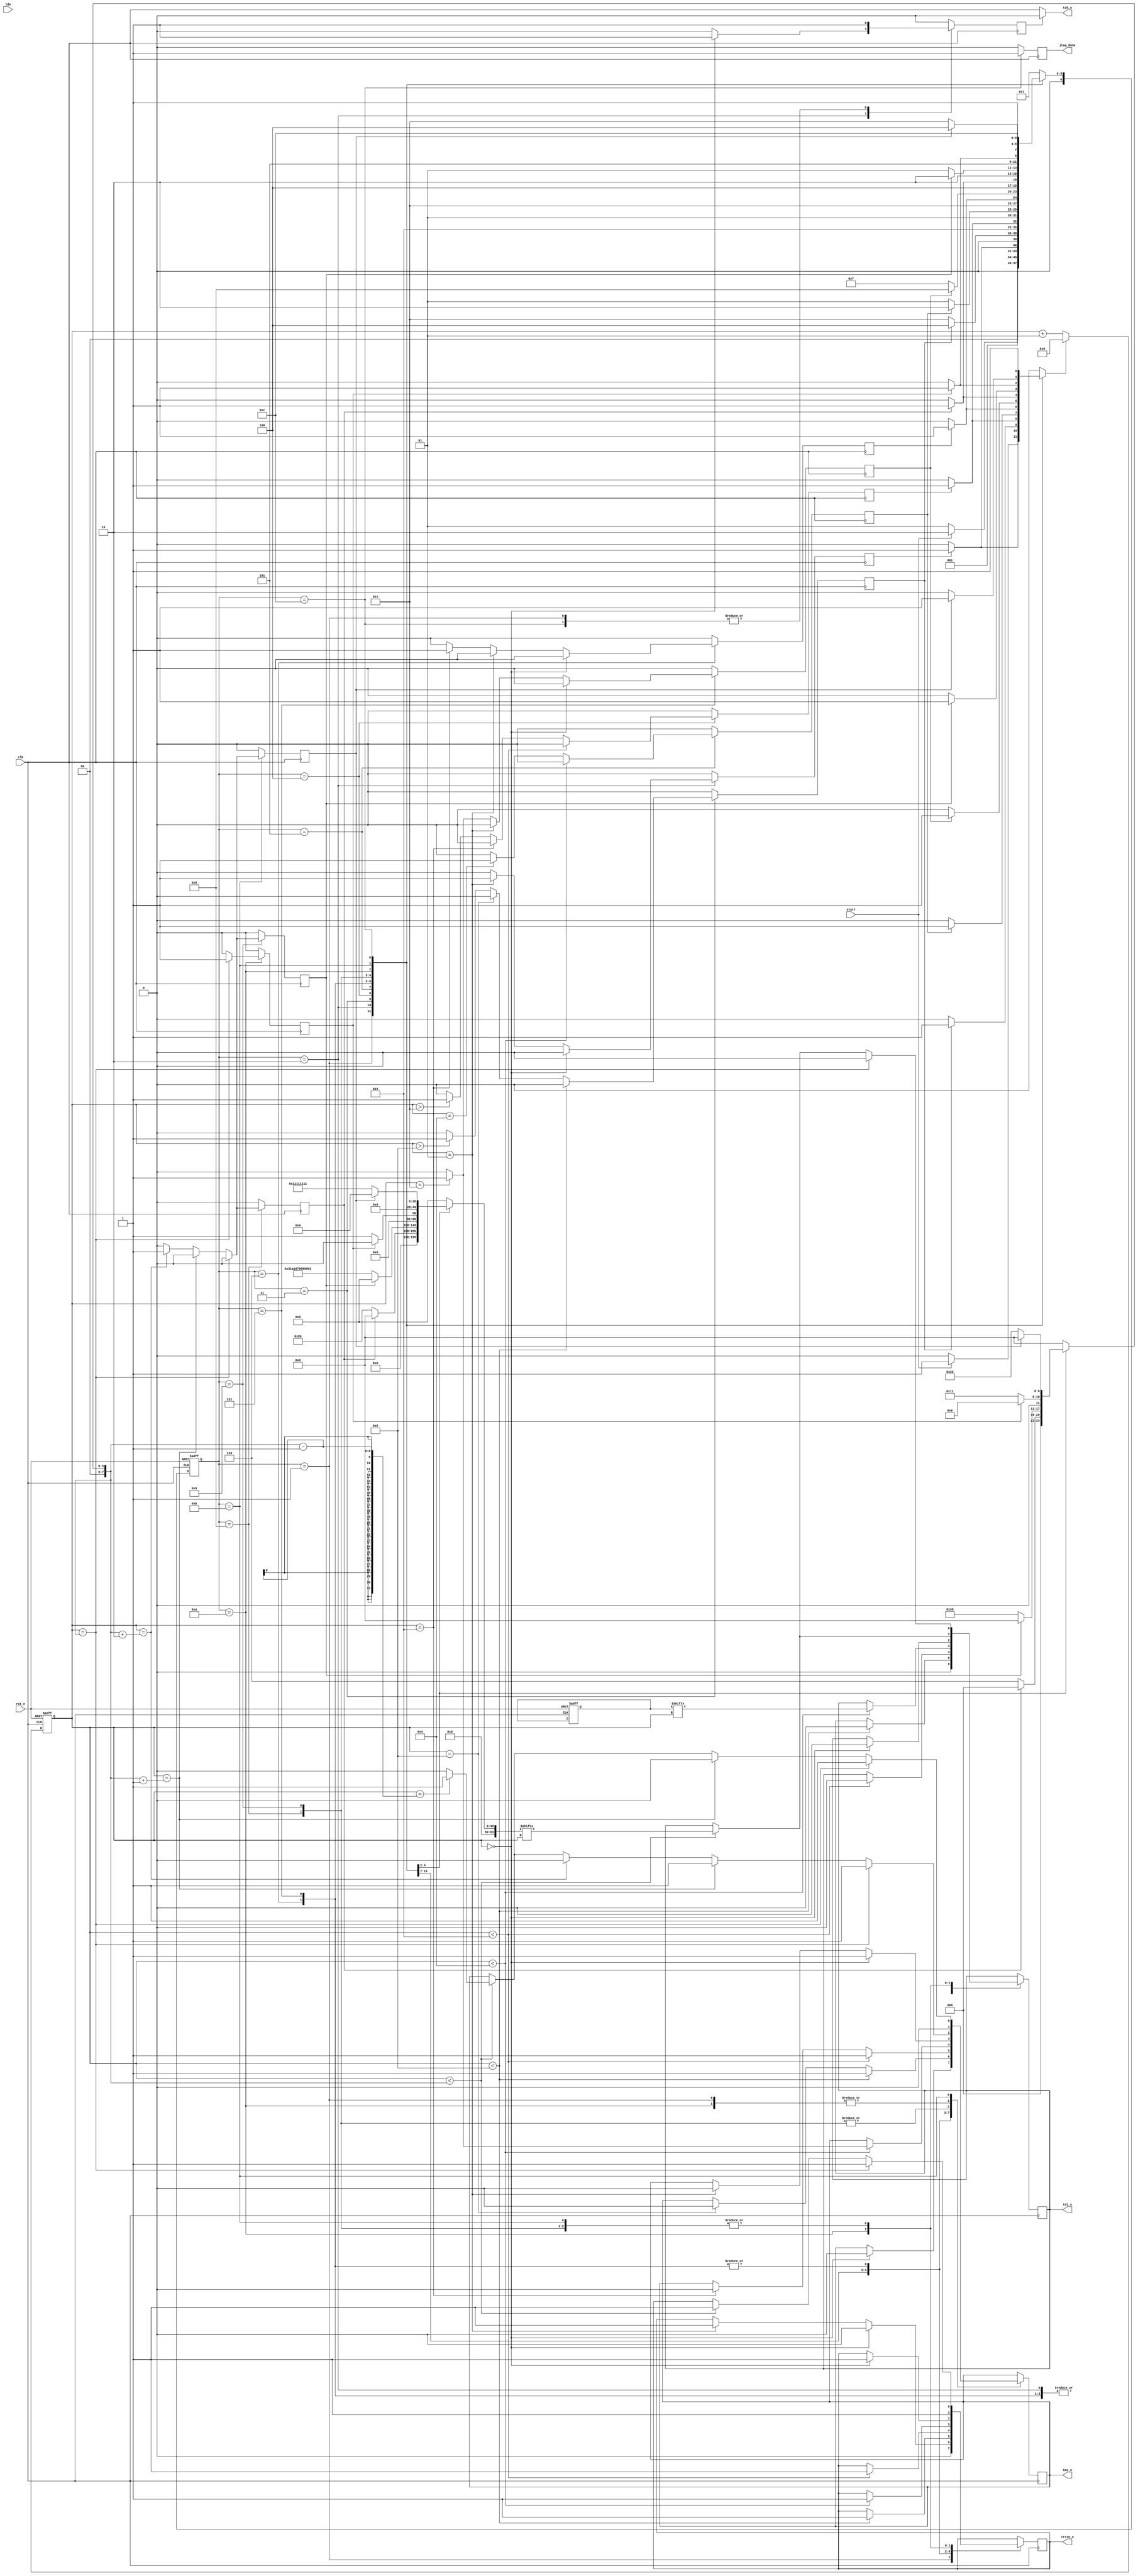
`timescale 1ns / 1ps
//////////////////////////////////////////////////////////////////////////////////
// Company: 
// Engineer: 
// 
// Design Name: 
// Module Name: JTAG_init
// Project Name: 
// Target Devices: 
// Tool Versions: 
// Description: 
// 
// Dependencies: 
// 
// Revision:
// Revision 0.01 - File Created
// Additional Comments:
// 
//////////////////////////////////////////////////////////////////////////////////


module JTAG_init(
    input clk,
    input rst_n,
    input start,
    input tdo,
    output tck_o,
    output trstn_o,
    output tdi_o,
    output tms_o,
    output jtag_done
    );
    
    //Define state parameters
    parameter INIT = 5'b00001;
    parameter JTAG_RESET = 5'b00010;
    parameter JTAG_SOFTRESET = 5'b00011;
    // JTAG_INIT
    parameter JTAG_goto_SHIFT_IR = 5'b00100;
    parameter JTAG_shift_SHIFT_IR = 5'b00101;
    parameter JTAG_IDLE = 5'b00110;
    parameter JTAG_goto_SHIFT_DR = 5'b00111;
    parameter JTAG_shift_NBITS_SHIFT_DR_1 = 5'b01000; // 6 bits
    parameter JTAG_shift_NBITS_SHIFT_DR_2 = 5'b01001; // 53 bits
    parameter JTAG_shift_nbits_noex = 5'b01010;
    parameter JTAG_shift_NBITS_SHIFT_DR_3 = 5'b01011; // 33 bits
    parameter SPI_start_load_file = 5'b01100;

    reg [4:0] PRES_STATE;
    reg [4:0] NEXT_STATE;
    
    reg [7:0] numbits;
    reg [3:0] jtag_instr;
    reg [63:0] jtag_datain;
    reg [255:0] jtag_dataout;
    
    //state_index
    integer i;
    
    // Output reg
    reg spi_csn, trstn, tdi, tms, tck;
    reg tck_zero, reset_i;
    
    //state control signal
    reg SEQ_done;
    reg JRST_done;
    reg JSWRST_done;
    reg GSIR_done;
    reg SSIR_done;
    reg JIDLE_done;
    reg JGSDR_done;
    reg JSSDR1_done;
    reg JSSDR2_done;
    reg JSSDR3_done;
    reg JSNN_done; //shift_nbits_noex
    
    //JTAG finish setup, and start Loading File.
    reg START_LF;
    
    assign tck_o = tck;
    assign trstn_o = trstn;
    assign tdi_o = tdi;
    assign tms_o = tms;
    assign jtag_done = START_LF;
    
    // Control tck
    always @(*) begin
        if (tck_zero) begin
            tck = 1'b0;
        end else begin
            tck = clk;
        end
    end
    
    always @(posedge clk, negedge rst_n) begin
        if (!rst_n) begin
            jtag_instr <= 4'b1000;
            i<=0;
        end else begin
            $display("i: %d", i);
            if(reset_i)
                i<=0;
            else
                i<=i+1;
        end
    end
 
    // Control path sequential circuit.
    always @(posedge clk, negedge rst_n) begin
        if (!rst_n) begin
            PRES_STATE <= INIT;
        end else begin
            PRES_STATE <= NEXT_STATE;
            $display("Current STATE: %b", PRES_STATE);
        end
    end
    
    // Control path combinational circuit.
    always @(*) begin
        NEXT_STATE = INIT;
        reset_i = 1'b0;
        numbits = 8'b0;
        jtag_datain = 64'b0;
        case (PRES_STATE)
        INIT:begin
            if(start) begin
                NEXT_STATE = JTAG_RESET;
                reset_i = 1'b1;
            end else begin
                NEXT_STATE = INIT;
            end
        end
        JTAG_RESET:begin
            if(!JRST_done) begin
                NEXT_STATE = JTAG_RESET;
            end else begin
                NEXT_STATE = JTAG_SOFTRESET;
                reset_i = 1'b1;
            end
        end
        JTAG_SOFTRESET:begin
            if(!JSWRST_done) begin
                NEXT_STATE = JTAG_SOFTRESET;
            end else begin
                NEXT_STATE = JTAG_goto_SHIFT_IR;
                reset_i = 1'b1;
            end
        end
        JTAG_goto_SHIFT_IR:begin
            if(!GSIR_done) begin
                NEXT_STATE = JTAG_goto_SHIFT_IR;
            end else begin
                NEXT_STATE = JTAG_shift_SHIFT_IR;
                reset_i = 1'b1;
            end
        end
        JTAG_shift_SHIFT_IR:begin
            if(!SSIR_done) begin
                NEXT_STATE = JTAG_shift_SHIFT_IR;
            end else begin
                NEXT_STATE = JTAG_IDLE;
                reset_i = 1'b1;
            end
        end
        JTAG_IDLE:begin
            if(!JIDLE_done) begin
                NEXT_STATE = JTAG_IDLE;
            end else begin
                NEXT_STATE = JTAG_goto_SHIFT_DR;
                reset_i = 1'b1;
            end
        end
        JTAG_goto_SHIFT_DR:begin
            if(!JGSDR_done) begin
                NEXT_STATE = JTAG_goto_SHIFT_DR;
            end else begin
                NEXT_STATE = JTAG_shift_NBITS_SHIFT_DR_1;
                reset_i = 1'b1;
            end
        end
        JTAG_shift_NBITS_SHIFT_DR_1:begin
            if(!JSSDR1_done) begin
                NEXT_STATE = JTAG_shift_NBITS_SHIFT_DR_1;
                //6 bits in DR_1
                numbits = 8'h06;
                jtag_datain = 64'h20;
            end else begin
                NEXT_STATE = JTAG_shift_NBITS_SHIFT_DR_2;
                reset_i = 1'b1;
            end
        end
        JTAG_shift_NBITS_SHIFT_DR_2:begin
            if(!JSSDR2_done) begin
                NEXT_STATE = JTAG_shift_NBITS_SHIFT_DR_2;
                //53 bits in DR_2
                numbits = 8'h35;
                jtag_datain = 64'h03_1A10_7008_0001;
            end else begin
                NEXT_STATE = JTAG_shift_nbits_noex;
                reset_i = 1'b1;
            end
        end
        JTAG_shift_nbits_noex:begin
            if(!JSNN_done) begin
                NEXT_STATE = JTAG_shift_nbits_noex;
                //17 bits in noex
                numbits = 8'h11;
                jtag_datain = 64'h1;
            end else begin
                NEXT_STATE = JTAG_shift_NBITS_SHIFT_DR_3;
                reset_i = 1'b1;
            end
        end
        JTAG_shift_NBITS_SHIFT_DR_3:begin
            if(!JSSDR3_done) begin
                NEXT_STATE = JTAG_shift_NBITS_SHIFT_DR_3;
                //34 bits in DR_3
                numbits = 8'h22;
                jtag_datain = 64'h11111111;
            end else begin
                NEXT_STATE = SPI_start_load_file;
                reset_i = 1'b1;
            end
        end
        SPI_start_load_file:begin
            //i=0;
            reset_i = 1'b1;
            NEXT_STATE = SPI_start_load_file;
        end
        endcase
    end

    // Data path sequential circuit.
    always @(posedge clk) begin
        tck_zero <= 1'b0;
        SEQ_done <= 1'b0;
        JRST_done <= 1'b0;
        JSWRST_done <= 1'b0;
        GSIR_done <= 1'b0;
        SSIR_done <= 1'b0;
        JIDLE_done <= 1'b0;
        JGSDR_done <= 1'b0;
        JSSDR1_done <= 1'b0;
        JSSDR2_done <= 1'b0;
        JSSDR3_done <= 1'b0;
        JSNN_done <= 1'b0;
        START_LF <= 1'b0;
        
        case (PRES_STATE)
        INIT:begin
            tck_zero <= 1'b1;
            tms <= 1'b0;
            trstn <= 1'b0;
            tdi <= 1'b0;
        end
        JTAG_RESET:begin
            if(i==0) begin
                tck_zero <= 1'b1;
                tms <= 1'b0;
                trstn <= 1'b0;
                tdi <= 1'b0;
            end else if(i==1) begin
                trstn <= 1'b1;
                JRST_done <= 1'b1;
            end
        end
        JTAG_SOFTRESET:begin
            if(i<5) begin
                tms <= 1'b1;
                trstn <= 1'b1;
                tdi <= 1'b0;
            end else if(i==5) begin
                tms <= 1'b0;
            end else if(i>5) begin
                JSWRST_done <= 1'b1;
            end
        end
        JTAG_goto_SHIFT_IR:begin
            if(i<2) begin
                trstn <= 1'b1;
                tdi <= 1'b0;
                // from IDLE to SHIFT_IR : tms sequence 1100
                tms <= 1'b1;
            end else if(i==2) begin
                tms <= 1'b0;
            end else if(i>3) begin
                GSIR_done <= 1'b1;
            end
        end
        JTAG_shift_SHIFT_IR:begin
            if(i<4) begin
                trstn <= 1'b1;
                tms <= 1'b0;
                if(i==3) begin
                    tms <= 1'b1;
                end
                tdi <= jtag_instr[i];
            end else if(i==4) begin
                SSIR_done <= 1'b1;
            end
        end
        JTAG_IDLE:begin
            if(i==0) begin
                trstn <= 1'b1;
                tms <= 1'b1;
                tdi <= 1'b0;
            end else if(i==1) begin
                tms <= 1'b0;
            end else if(i==2) begin
                JIDLE_done <= 1'b1;
            end
        end
        JTAG_goto_SHIFT_DR:begin
            if(i==0) begin
                trstn <= 1'b1;
                tdi <= 1'b0;
                // from IDLE to SHIFT_IR : tms sequence 100
                tms <= 1'b1;
            end else if(i==1) begin
                tms <= 1'b0;
            end else if(i==3) begin
                JGSDR_done <= 1'b1;
            end
        end
        // state:1000
        JTAG_shift_NBITS_SHIFT_DR_1:begin
            //numbits = 6
            if(i<numbits) begin
                trstn <= 1'b1;
                tms <= 1'b0;
                if(i==(numbits-1))
                    tms <= 1'b1;
                tdi <= jtag_datain[i];
            end
            //access tdo delay 1 cycle
            if(i>0 && i<(numbits+1))
                jtag_dataout[i-1] <= tdo;
            //update_and_goto_shift
            if(i==numbits) begin
                trstn <= 1'b1;
                // from SHIFT_DR to RUN_TEST : tms sequence 110
                tms <= 1'b1;
                tdi <= 1'b0;
            end else if(i==(numbits+1)) begin
                tms <= 1'b1;
            end else if(i==(numbits+2)) begin
                tms <= 1'b0;
                JSSDR1_done <= 1'b1;
            end
        end
        // state:1001
        JTAG_shift_NBITS_SHIFT_DR_2:begin
            //numbits = 53
            //03_1A10_7008_0001
            if(i<numbits) begin
                trstn <= 1'b1;
                tms <= 1'b0;
                if(i==(numbits-1))
                    tms <= 1'b1;
                tdi <= jtag_datain[i];
            end
            //access tdo delay 1 cycle
            if(i>0 && i<(numbits+1))
                jtag_dataout[i-1] <= tdo;
            //update_and_goto_shift
            if(i==numbits) begin
                trstn <= 1'b1;
                // from SHIFT_DR to RUN_TEST : tms sequence 110
                tms <= 1'b1;
                tdi <= 1'b0;
            end else if(i==(numbits+1)) begin
                tms <= 1'b1;
            end else if(i==(numbits+2)) begin
                tms <= 1'b0;
                JSSDR2_done <= 1'b1;
            end
        end
        // state:1010
        JTAG_shift_nbits_noex:begin
            trstn <= 1'b1;
            tms <= 1'b0;
            //numbits = 33
            if(i<numbits)
                tdi <= jtag_datain[i];

            //access tdo delay 1 cycle
            if(i>0 && i<numbits+1)
                jtag_dataout[i-1] <= tdo;
            if(i==numbits)
                JSNN_done <= 1'b1;
        end
        // state:1011
        JTAG_shift_NBITS_SHIFT_DR_3:begin
            //numbits = 34
            if(i<numbits) begin
                trstn <= 1'b1;
                tms <= 1'b0;
                if(i==(numbits-1))
                    tms <= 1'b1;
                tdi <= jtag_datain[i];
            end
            //access tdo delay 1 cycle
            if(i>0 && i<(numbits+1))
                jtag_dataout[i-1] <= tdo;
            //idle
            if(i==numbits) begin
                trstn <= 1'b1;
                tms <= 1'b1;
                tdi <= 1'b0;
            end else if(i==(numbits+1)) begin
                tms <= 1'b0;
            end else if(i==numbits+2) begin
                JSSDR3_done <= 1'b1;
            end
        end
        //End: Configure JTAG and set boot address  
        SPI_start_load_file: begin
            START_LF <= 1'b1;
            tck_zero <= 1'b1;
        end
        endcase
    end
endmodule